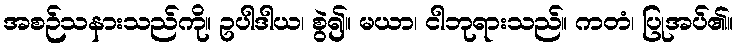
အစဉ်သနားသည်ကို။ ဥပါဒါယ၊ စွဲ၍။ မယာ၊ ငါဘုရားသည်။ ကတံ၊ ပြုအပ်၏။